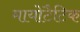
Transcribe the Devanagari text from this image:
मायोटैटिक